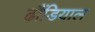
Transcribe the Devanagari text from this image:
ढौंडियाल